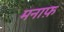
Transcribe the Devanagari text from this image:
मनाफ़